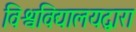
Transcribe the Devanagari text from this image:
विश्वविद्यालयद्वारा